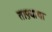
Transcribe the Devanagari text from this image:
ताफ़्याचा